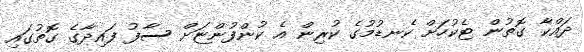
ދައްކާ ގޮތުން ޓެކުހަށް ކެނޑުމުގެ ކުރިން އެ ކުންފުންޏަށް ސާފު ފައިދާގެ ގޮތުގައި